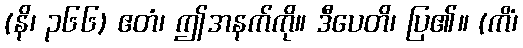
(နိ၊ ၃၆၆) ဧတံ၊ ဤအနက်ကို။ ဒီပေတိ၊ ပြ၏။ (ကိံ၊